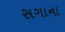
સગાના